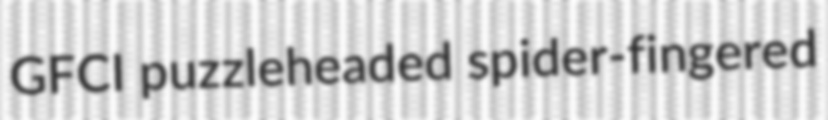
GFCI puzzleheaded spider-fingered